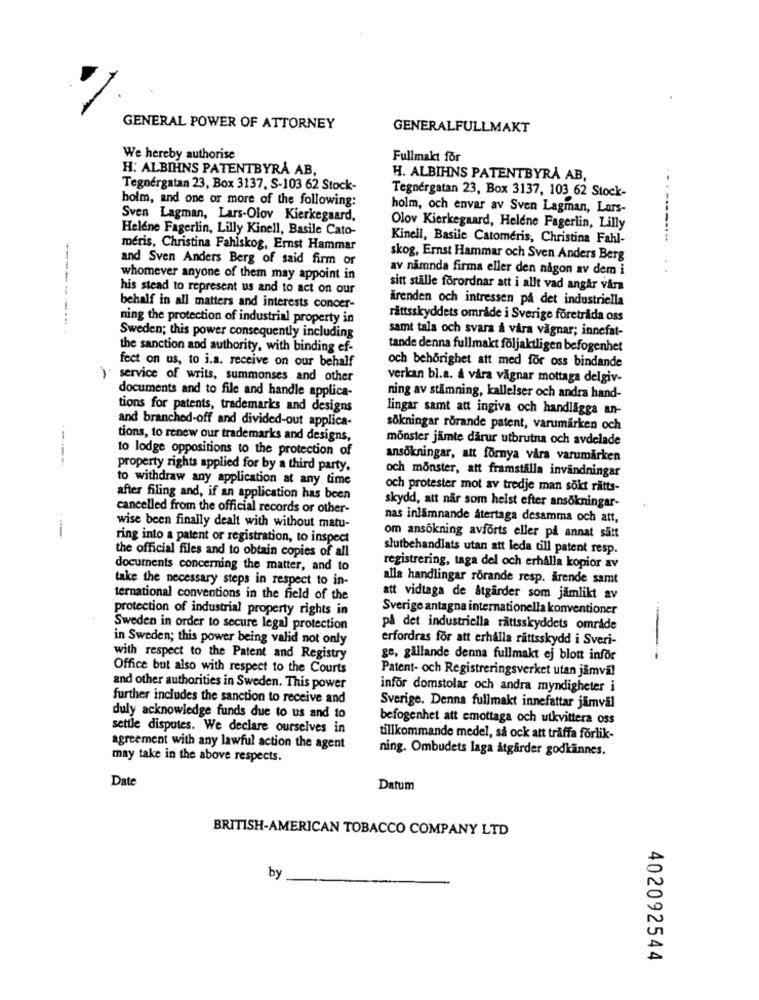
GENERAL POWER OF ATTORNEY
GENERALFULLMAKT
We hereby authorise
Fullmakt for
H: ALBIHNS PATENTBYRÅ AB,
H. ALBIHNS PATENTBYRÅ AB,
Tegnérgatan 23, Box 3137, S-103 62 Stock-
holm, and one or more of the following:
Tegnérgatan 23, Box 3137, 103 62 Stock-
holm, och envar av Sven Lagman, Lars-
Sven Lagman, Lars-Olov Kierkegaard,
Helene Fagerlin, Lilly Kinell, Basile Cato-
Olov Kierkegaard, Helene Fagerlin, Lilly
Kinell, Basile Catomeris, Christina Fahl-
-----
meris, Christina Fahlskog, Ernst Hammar
and Sven Anders Berg of said firm or
skog, Ernst Hammar och Sven Anders Berg
av nämnda firma eller den någon av dem i
whomever anyone of them may appoint in
---- -
his stead to represent us and to act on our
sitt ställe förordnar att i allt vad angår våra
ärenden och intressen på det industriella
behalf in all matters and interests concer-
ning the protection of industrial property in
rättsskyddets område i Sverige företräda oss
samt tala och svara å våra vagnar; innefat-
Sweden; this power consequently including
the sanction and authority, with binding ef-
tande denna fullmakt följaktligen befogenhet
fect on us, to i.a. receive on our behalf
och behörighet att med for oss bindande
service of writs, summonses and other
verkan bl.a. å våra vagnar mottaga delgiv-
documents and to file and handle applica-
ning av stämning, kallelser och andra hand-
tions for patents, trademarks and designs
lingar samt att ingiva och handlägga an-
and branched-off and divided-out applica-
sökningar rörande patent, varumärken och
tions, to renew our trademarks and designs,
monster jamte därur utbrutna och avdelade
to lodge oppositions to the protection of
ansökningar, att förnya våra varumärken
property rights applied for by a third party.
och monster, att framställa invändningar
to withdraw any application at any time
och protester mot av tredje man sökt rätts-
after filing and, if an application has been
cancelled from the official records or other-
skydd, att när som helst efter ansökningar-
nas inlämnande återtaga desamma och att,
wise been finally dealt with without matu-
ring into a patent or registration, to inspect
om ansökning avforts eller på annat sätt
slutbehandlats utan att leda till patent resp.
the official files and to obtain copies of all
documents concerning the matter, and to
registrering, taga del och erhålla kopior av
take the necessary steps in respect to in-
alla handlingar rörande resp. ärende samt
ternational conventions in the field of the
att vidtaga de åtgärder som jämlikt av
protection of industrial property rights in
Sverige antagna internationella konventioner
Sweden in order to secure legal protection
på det industriella rättsskyddets område
in Sweden; this power being valid not only
erfordras för att erhålla rättsskydd i Sveri-
with respect to the Patent and Registry
ge, gällande denna fullmakt ej blott inför
Office but also with respect to the Courts
Patent- och Registreringsverket utan jamval
and other authorities in Sweden. This power
inför domstolar och andra myndigheter i
further includes the sanction to receive and
Sverige. Denna fullmakt innefattar jamväl
duly acknowledge funds due to us and to
befogenhet att emottaga och utkvittera oss
settle disputes. We declare ourselves in
tillkommande medel, så ock att träffa förlik-
agreement with any lawful action the agent
ning. Ombudets laga åtgärder godkännes.
may take in the above respects.
Date
Datum
BRITISH-AMERICAN TOBACCO COMPANY LTD
by
402092544